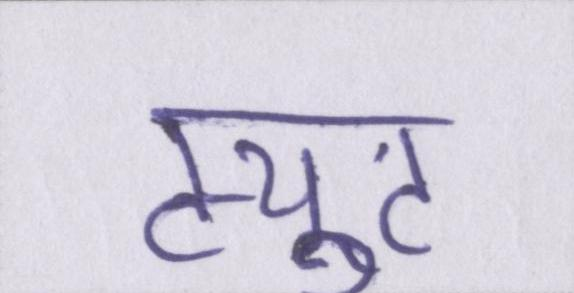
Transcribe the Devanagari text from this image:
ट्युट